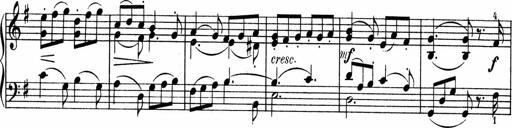
Title: 3 Sonatinen fÃ¼r Pianoforte
Composer: Fritz von Bose